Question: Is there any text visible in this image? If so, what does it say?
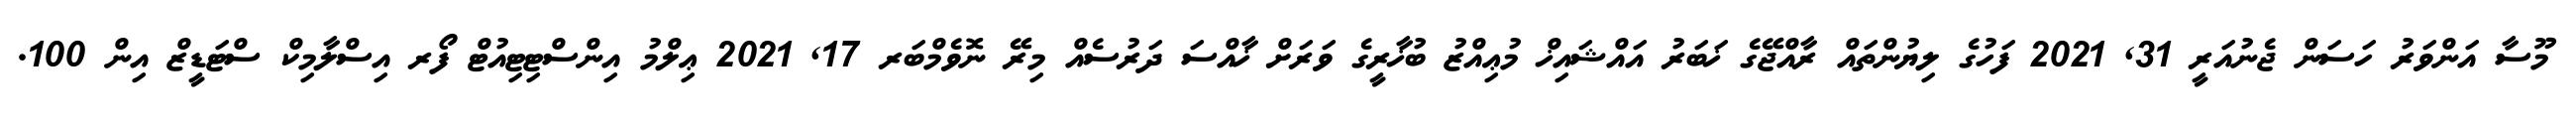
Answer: މޫސާ އަންވަރު ހަސަން ޖެނުއަރީ 31, 2021 ފަހުގެ ލިޔުންތައް ރާއްޖޭގެ ޚަބަރު އައްޝައިޚް މުޢިއްޒު ބުޚާރީގެ ވަރަށް ޚާއްސަ ދަރުސެއް މިރޭ ނޮވެމްބަރ 17, 2021 ޢިލްމު އިންސްޓިޓިއުޓް ފޯރ އިސްލާމިކް ސްޓަޑީޒް އިން 100.